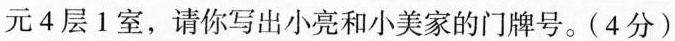
元4层1室，请你写出小亮和小美家的门牌号。(4分)